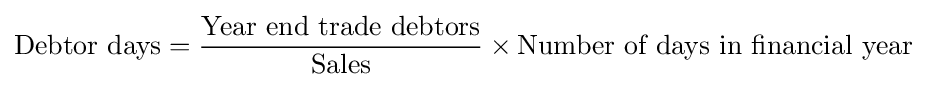
{\mbox{Debtor days}}={\frac {\mbox{Year end trade debtors}}{\mbox{Sales}}}\times {\mbox{Number of days in financial year}}